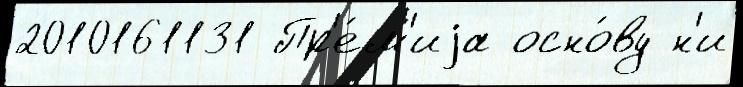
2010161131 Пр'е́м'иjа осно́ву н'и